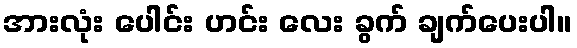
အားလုံး ပေါင်း ဟင်း လေး ခွက် ချက်ပေးပါ။